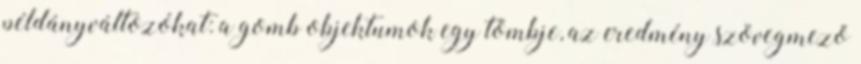
példányváltozókat: a gomb objektumok egy tömbje, az eredmény szövegmező